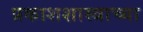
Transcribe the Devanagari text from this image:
प्रकाशशास्त्राच्या